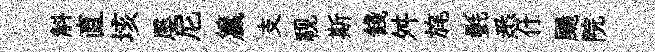
斛直垓屡尼籯支视斯餞舛旄㲲悉什颺院